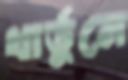
খার্তুমে